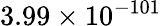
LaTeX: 3.99\times 10^{-101}